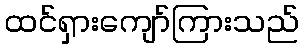
ထင်ရှားကျော်ကြားသည်